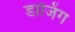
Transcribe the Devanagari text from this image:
डाजिंग